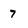
Character: 7